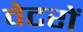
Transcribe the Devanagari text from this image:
वेटरों